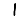
Digit: 1